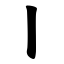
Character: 丨